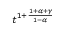
t ^ { 1 + \frac { 1 + \alpha + \gamma } { 1 - \alpha } }